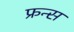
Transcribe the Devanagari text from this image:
फ्रन्स